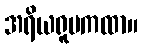
အရိယရူပကထာ။